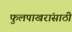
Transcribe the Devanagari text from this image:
फुलपाखरांसाठी